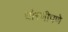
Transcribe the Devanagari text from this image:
धोरणीपणे